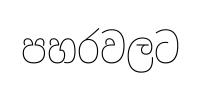
පහරවලට